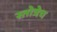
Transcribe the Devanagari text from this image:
स्तोत्रेच